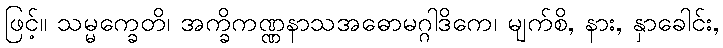
ဖြင့်။ သမ္မက္ခေတိ၊ အက္ခိကဏ္ဏနာသအဓောမဂ္ဂါဒိကေ၊ မျက်စိ, နား, နှာခေါင်း,